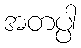
အတပ္ပါ